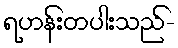
ရဟန်းတပါးသည်-